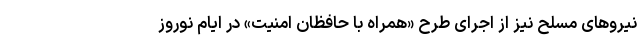
نیروهای مسلح نیز از اجرای طرح «همراه با حافظان امنیت» در ایام نوروز